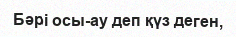
Бәрі осы-ау деп қүз деген,